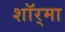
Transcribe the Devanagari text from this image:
शॉर्‌मा